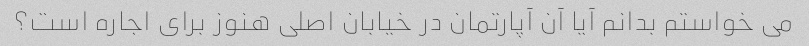
می خواستم بدانم آیا آن آپارتمان در خیابان اصلی هنوز برای اجاره است؟